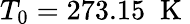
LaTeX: {{T}_{0}}=273.15\; \mathrm{~K~}